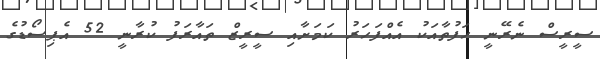
ސީރީސް ނެރޭނީ ހަފުތާއަކު އެއްފަހަރު ކަމަށާއި ސީރީޒް ތައާރަފު ކުރާނީ 52 އެޕިސޯޑުގެ